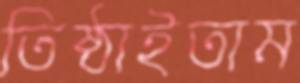
তিষ্ঠাইতাম